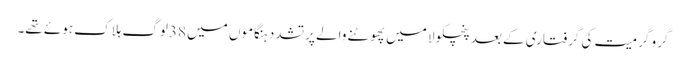
گرو گرمیت کی گرفتاری کے بعد پنچکولا میں پھوٹنے والے پرتشدد ہنگاموں میں 38لوگ ہلاک ہوئے تھے۔